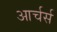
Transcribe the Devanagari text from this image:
आर्चर्स